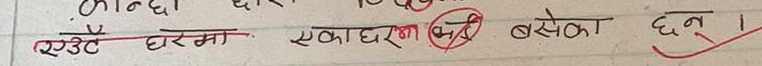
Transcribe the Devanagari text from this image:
एउटै घरमा एकाघरन (भित्र) बसेका छन ।